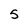
Character: 5